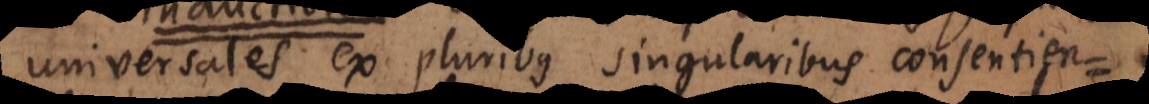
universales ex pluribus singularibus consentien